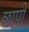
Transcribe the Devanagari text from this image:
छापीं